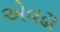
એવઢા